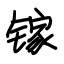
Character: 镓